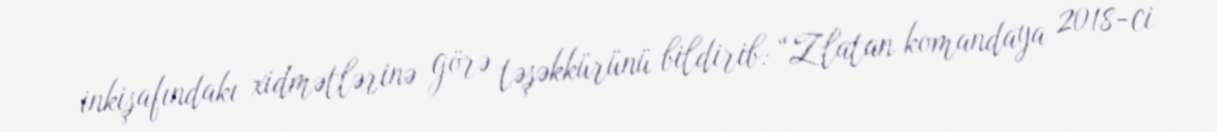
inkişafındakı xidmətlərinə görə təşəkkürünü bildirib: “Zlatan komandaya 2018-ci